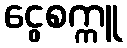
ငွေစက္ကူ